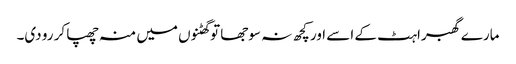
مارے گھبراہٹ کے اسے اور کچھ نہ سوجھا تو گھٹنوں میں منہ چھپا کر رو دی۔